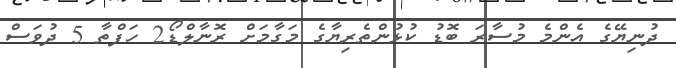
ދުނިޔޭގެ އެންމެ މުސާރަ ބޮޑު ކުޅުންތެރިޔާގެ މަގާމަށް ރޮނާލްޑޯ2 ހަފްތާ 5 ދުވަސް